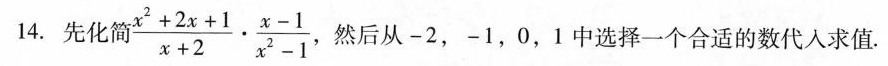
14.先化简 $$\frac { x ^ { 2 } + 2 x + 1 } { x + 2 } \cdot \frac { x - 1 } { x ^ { 2 } - 1 }$$ 然后从-2，-1，0，1中选择一个合适的数代入求值.